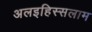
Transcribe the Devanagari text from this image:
अलइहिस्सलाम